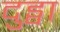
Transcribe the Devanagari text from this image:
दुड्वा